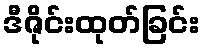
ဒီဇိုင်းထုတ်ခြင်း